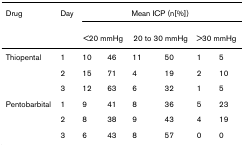
<table><thead><tr><td><b>Drug</b></td><td><b>Day</b></td><td colspan="6"><b>Mean ICP (n[%])</b></td></tr><tr><td></td><td></td><td colspan="2"><b>&lt;20 mmHg</b></td><td colspan="2"><b>20 to 30 mmHg</b></td><td colspan="2"><b>&gt;30 mmHg</b></td></tr></thead><tbody><tr><td>Thiopental</td><td>1</td><td>10</td><td>46</td><td>11</td><td>50</td><td>1</td><td>5</td></tr><tr><td></td><td>2</td><td>15</td><td>71</td><td>4</td><td>19</td><td>2</td><td>10</td></tr><tr><td></td><td>3</td><td>12</td><td>63</td><td>6</td><td>32</td><td>1</td><td>5</td></tr><tr><td>Pentobarbital</td><td>1</td><td>9</td><td>41</td><td>8</td><td>36</td><td>5</td><td>23</td></tr><tr><td></td><td>2</td><td>8</td><td>38</td><td>9</td><td>43</td><td>4</td><td>19</td></tr><tr><td></td><td>3</td><td>6</td><td>43</td><td>8</td><td>57</td><td>0</td><td>0</td></tr></tbody></table>